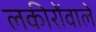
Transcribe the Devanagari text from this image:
लकीरोंवाले